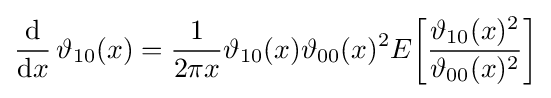
{\frac {\mathrm {d} }{\mathrm {d} x}}\,\vartheta _{10}(x)={\frac {1}{2\pi x}}\vartheta _{10}(x)\vartheta _{00}(x)^{2}E{\biggl [}{\frac {\vartheta _{10}(x)^{2}}{\vartheta _{00}(x)^{2}}}{\biggr ]}